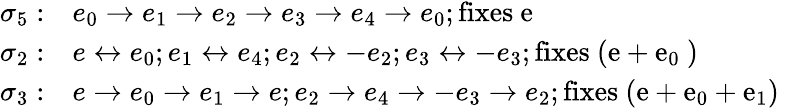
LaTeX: \begin{array}{rl}{\sigma_{5}:}&{e_{0}\to e_{1}\to e_{2}\to e_{3}\to e_{4}\to e_{0};\mathrm{fixes~e~}}\\ {\sigma_{2}:}&{e\leftrightarrow e_{0};e_{1}\leftrightarrow e_{4};e_{2}\leftrightarrow-e_{2};e_{3}\leftrightarrow-e_{3};\mathrm{fixes~(e+e_0~)~}}\\ {\sigma_{3}:}&{e\to e_{0}\to e_{1}\to e;e_{2}\to e_{4}\to-e_{3}\to e_{2};\mathrm{fixes~(e+e_0+e_1)~}}\end{array}